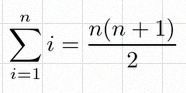
\sum_{i=1}^{n}i=\frac{n(n+1)}2